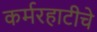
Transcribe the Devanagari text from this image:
कर्मरहाटीचे